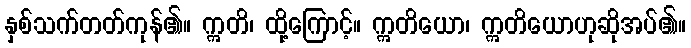
နှစ်သက်တတ်ကုန်၏။ ဣတိ၊ ထို့ကြောင့်။ ဣတိယော၊ ဣတိယောဟုဆိုအပ်၏။